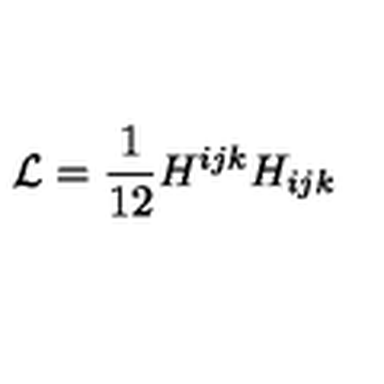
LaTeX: { \cal L } = { \frac { 1 } { 1 2 } } { H ^ { i j k } H _ { i j k } }